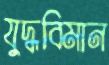
যুদ্ধবিমান